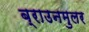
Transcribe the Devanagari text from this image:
ब्राउनमुलर